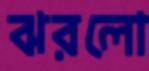
ঝরলো